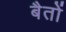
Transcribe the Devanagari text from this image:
बैतों